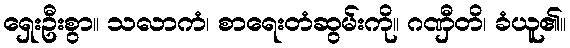
ရှေးဦးစွာ။ သလာကံ၊ စာရေးတံဆွမ်းကို။ ဂဏှီတိ၊ ခံယူ၏။